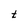
Character: t